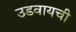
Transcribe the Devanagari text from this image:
उडवायची